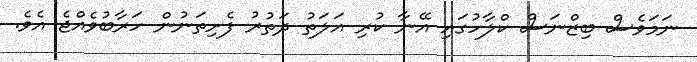
ނަމަވެސް ބިޒްނަސް ކްލާހުގައި އޭނާ ކުރި އަލަތު ދަތުރު ފެށިތަނުން ހަރާބުވެއްޖެ އެވެ.